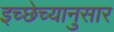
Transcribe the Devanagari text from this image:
इच्छेच्यानुसार